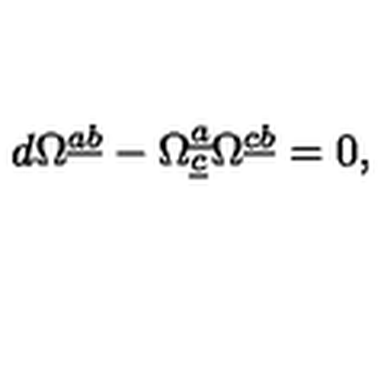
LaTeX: d \Omega ^ { \underline { a } \underline { b } } - \Omega _ { \underline { c } } ^ { \underline { a } } \Omega ^ { \underline { c } \underline { b } } = 0 ,